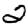
Digit: 2